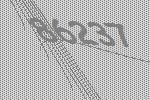
86237